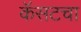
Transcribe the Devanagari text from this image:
कॅसटचा